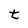
Character: t